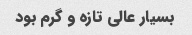
بسیار عالی تازه و گرم بود